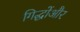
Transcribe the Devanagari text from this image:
गिद्धोंऔर